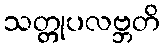
သတ္တုပလဗ္ဘတိ